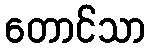
တောင်သာ